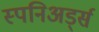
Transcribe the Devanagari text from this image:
स्पनिअर्ड्स